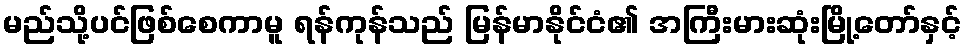
မည်သို့ပင်ဖြစ်စေကာမူ ရန်ကုန်သည် မြန်မာနိုင်ငံ၏ အကြီးမားဆုံးမြို့တော်နှင့်